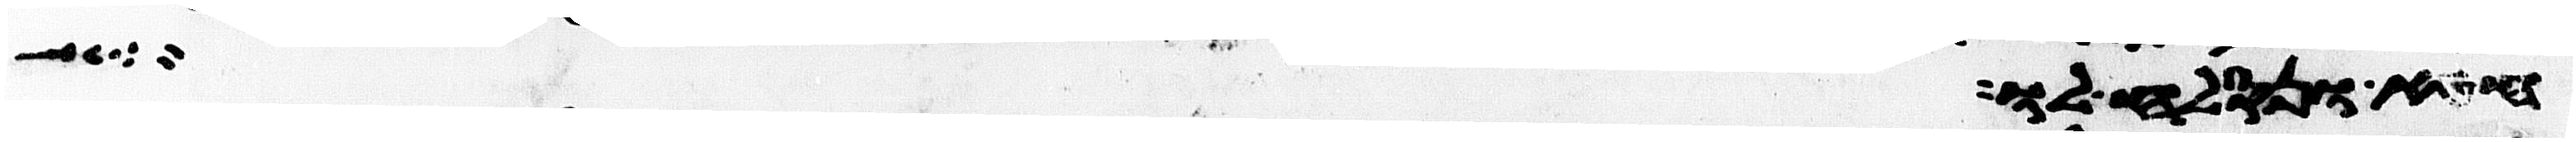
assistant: חטא ונסלח לו ואם